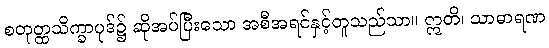
စတုတ္ထသိက္ခာပုဒ်၌ ဆိုအပ်ပြီးသော အစီအရင်နှင့်တူသည်သာ။ ဣတိ၊ သာဓာရဏ